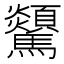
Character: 𩧔